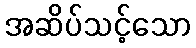
အဆိပ်သင့်သော